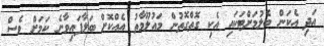
އަދި އެކަން ބެލުމަށްޓަކައި އެކި ގޮތްގޮތުން މައުލޫމާތު އެއްކޮށް ބަލާފައިވާނެ ކަމަށް ވެސް